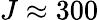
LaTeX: J\approx 300